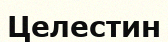
Целестин